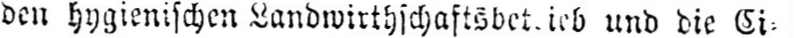
und die Ci⸗